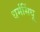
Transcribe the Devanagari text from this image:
धर्मसिंधू